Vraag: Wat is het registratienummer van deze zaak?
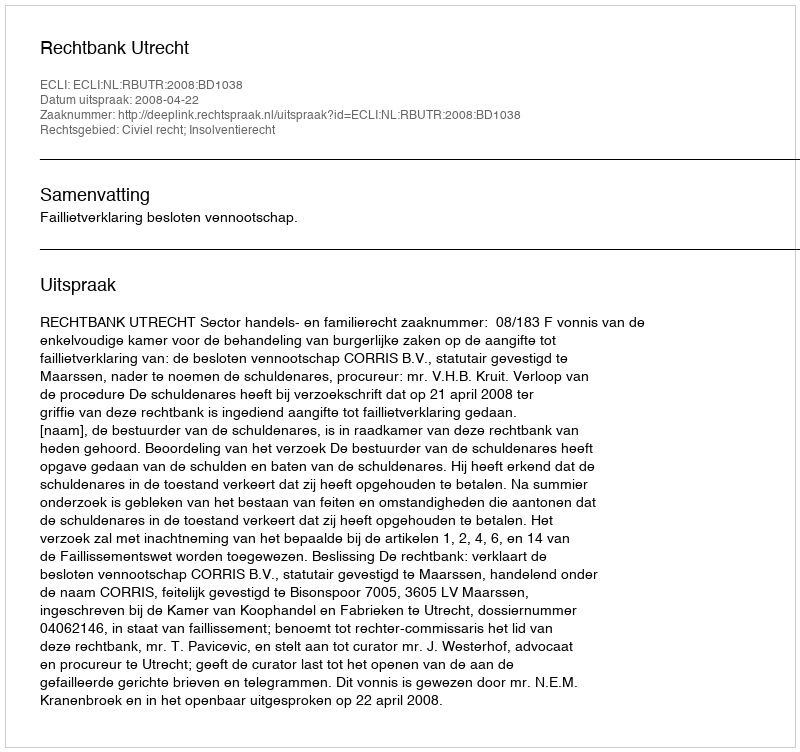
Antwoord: http://deeplink.rechtspraak.nl/uitspraak?id=ECLI:NL:RBUTR:2008:BD1038